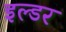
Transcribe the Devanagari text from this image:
इल्डर